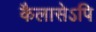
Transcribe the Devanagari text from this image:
कैलासेऽपि